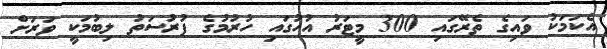
އެކަމަކު ވައިގެ ތެރޭގައި 300 މީޓަރު އުހުގައި ހުރުމުގެ ފުރުސަތު ލިބުމަކީ ވަރަށް